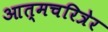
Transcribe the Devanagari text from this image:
आत्मचरित्रेर